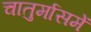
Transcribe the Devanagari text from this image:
चातुर्मासमें